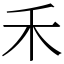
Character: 禾